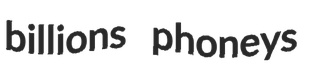
billions phoneys